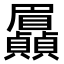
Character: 𮚯